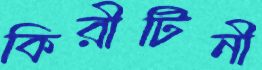
কিরীটিনী